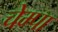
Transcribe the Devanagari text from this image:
चेम्पा